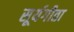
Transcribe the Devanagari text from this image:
सूर्यगीता